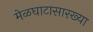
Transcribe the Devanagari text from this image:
मेळघाटासारख्या